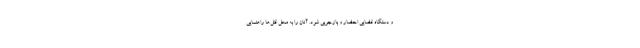
و دستگاه قضایی احضار و بازجویی شود. آنان را به محل قتل‌ها راهنمایی